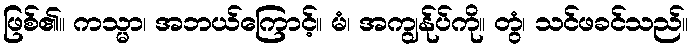
ဖြစ်၏။ ကသ္မာ၊ အဘယ်ကြောင့်။ မံ၊ အကျွန်ုပ်ကို။ တွံ၊ သင်ဖခင်သည်။